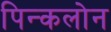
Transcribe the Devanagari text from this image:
पिन्कलोन